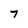
Character: 7